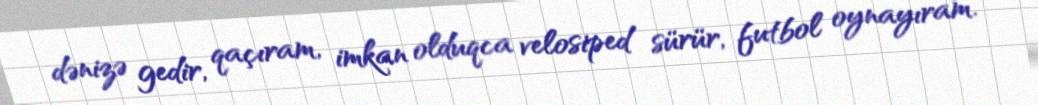
dənizə gedir, qaçıram, imkan olduqca velosiped sürür, futbol oynayıram.